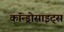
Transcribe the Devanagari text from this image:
कॉन्ड्रोसाइट्स